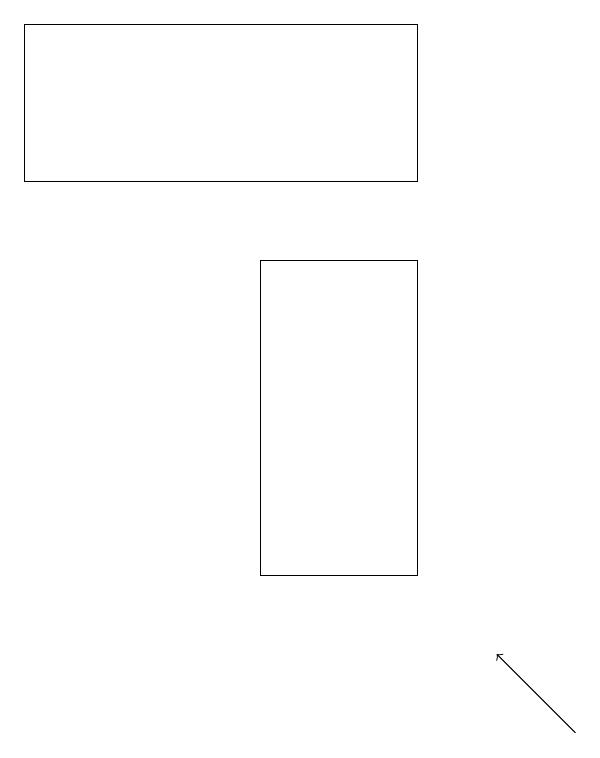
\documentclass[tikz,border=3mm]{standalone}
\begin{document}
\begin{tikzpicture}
\draw[->] (9,10) -- (8,11);
\draw (7,16) rectangle (5,12);
\draw (2,17) rectangle (7,19);
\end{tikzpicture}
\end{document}